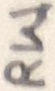
Text: RW